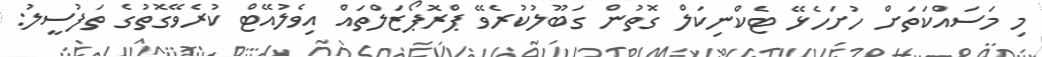
މި މަސައްކަތަށް ހުށަހެޅޭ ޓެކްނިކަލް ގޮތުން ގަބޫލުކުރެވޭ ޕްރޮޕޯޒަލްތައް އިވެލުއޭޓް ކުރެވޭގޮތުގެ ތަފުސީލު: